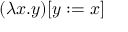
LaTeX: ( \lambda x . y ) [ y : = x ]